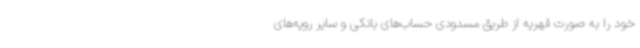
خود را به صورت قهریه از طریق مسدودی حساب‌های بانکی و سایر رویه‌های